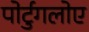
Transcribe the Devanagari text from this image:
पोर्टुगलोए